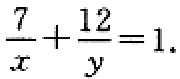
$\frac{7}{x}+\frac{12}{y}=1.$